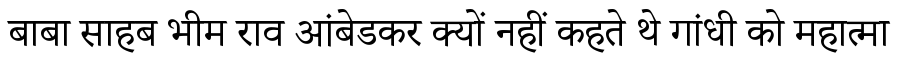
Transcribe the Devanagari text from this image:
बाबा साहब भीम राव आंबेडकर क्यों नहीं कहते थे गांधी को महात्मा